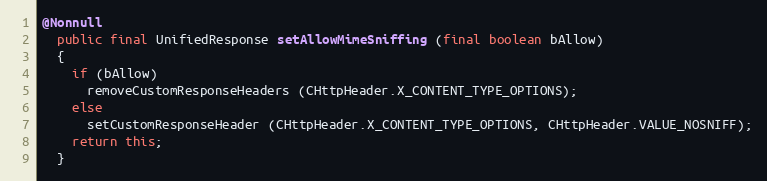
Language: Java
@Nonnull
  public final UnifiedResponse setAllowMimeSniffing (final boolean bAllow)
  {
    if (bAllow)
      removeCustomResponseHeaders (CHttpHeader.X_CONTENT_TYPE_OPTIONS);
    else
      setCustomResponseHeader (CHttpHeader.X_CONTENT_TYPE_OPTIONS, CHttpHeader.VALUE_NOSNIFF);
    return this;
  }